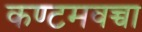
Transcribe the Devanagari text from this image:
कण्टमवच्चा